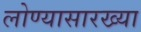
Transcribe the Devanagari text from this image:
लोण्यासारख्या